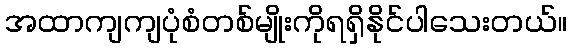
အထာကျကျပုံစံတစ်မျိုးကိုရရှိနိုင်ပါသေးတယ်။